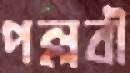
পল্লবী